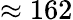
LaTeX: \approx 162